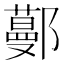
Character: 𨞼